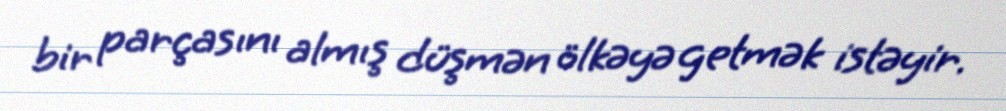
bir parçasını almış düşmən ölkəyə getmək istəyir.